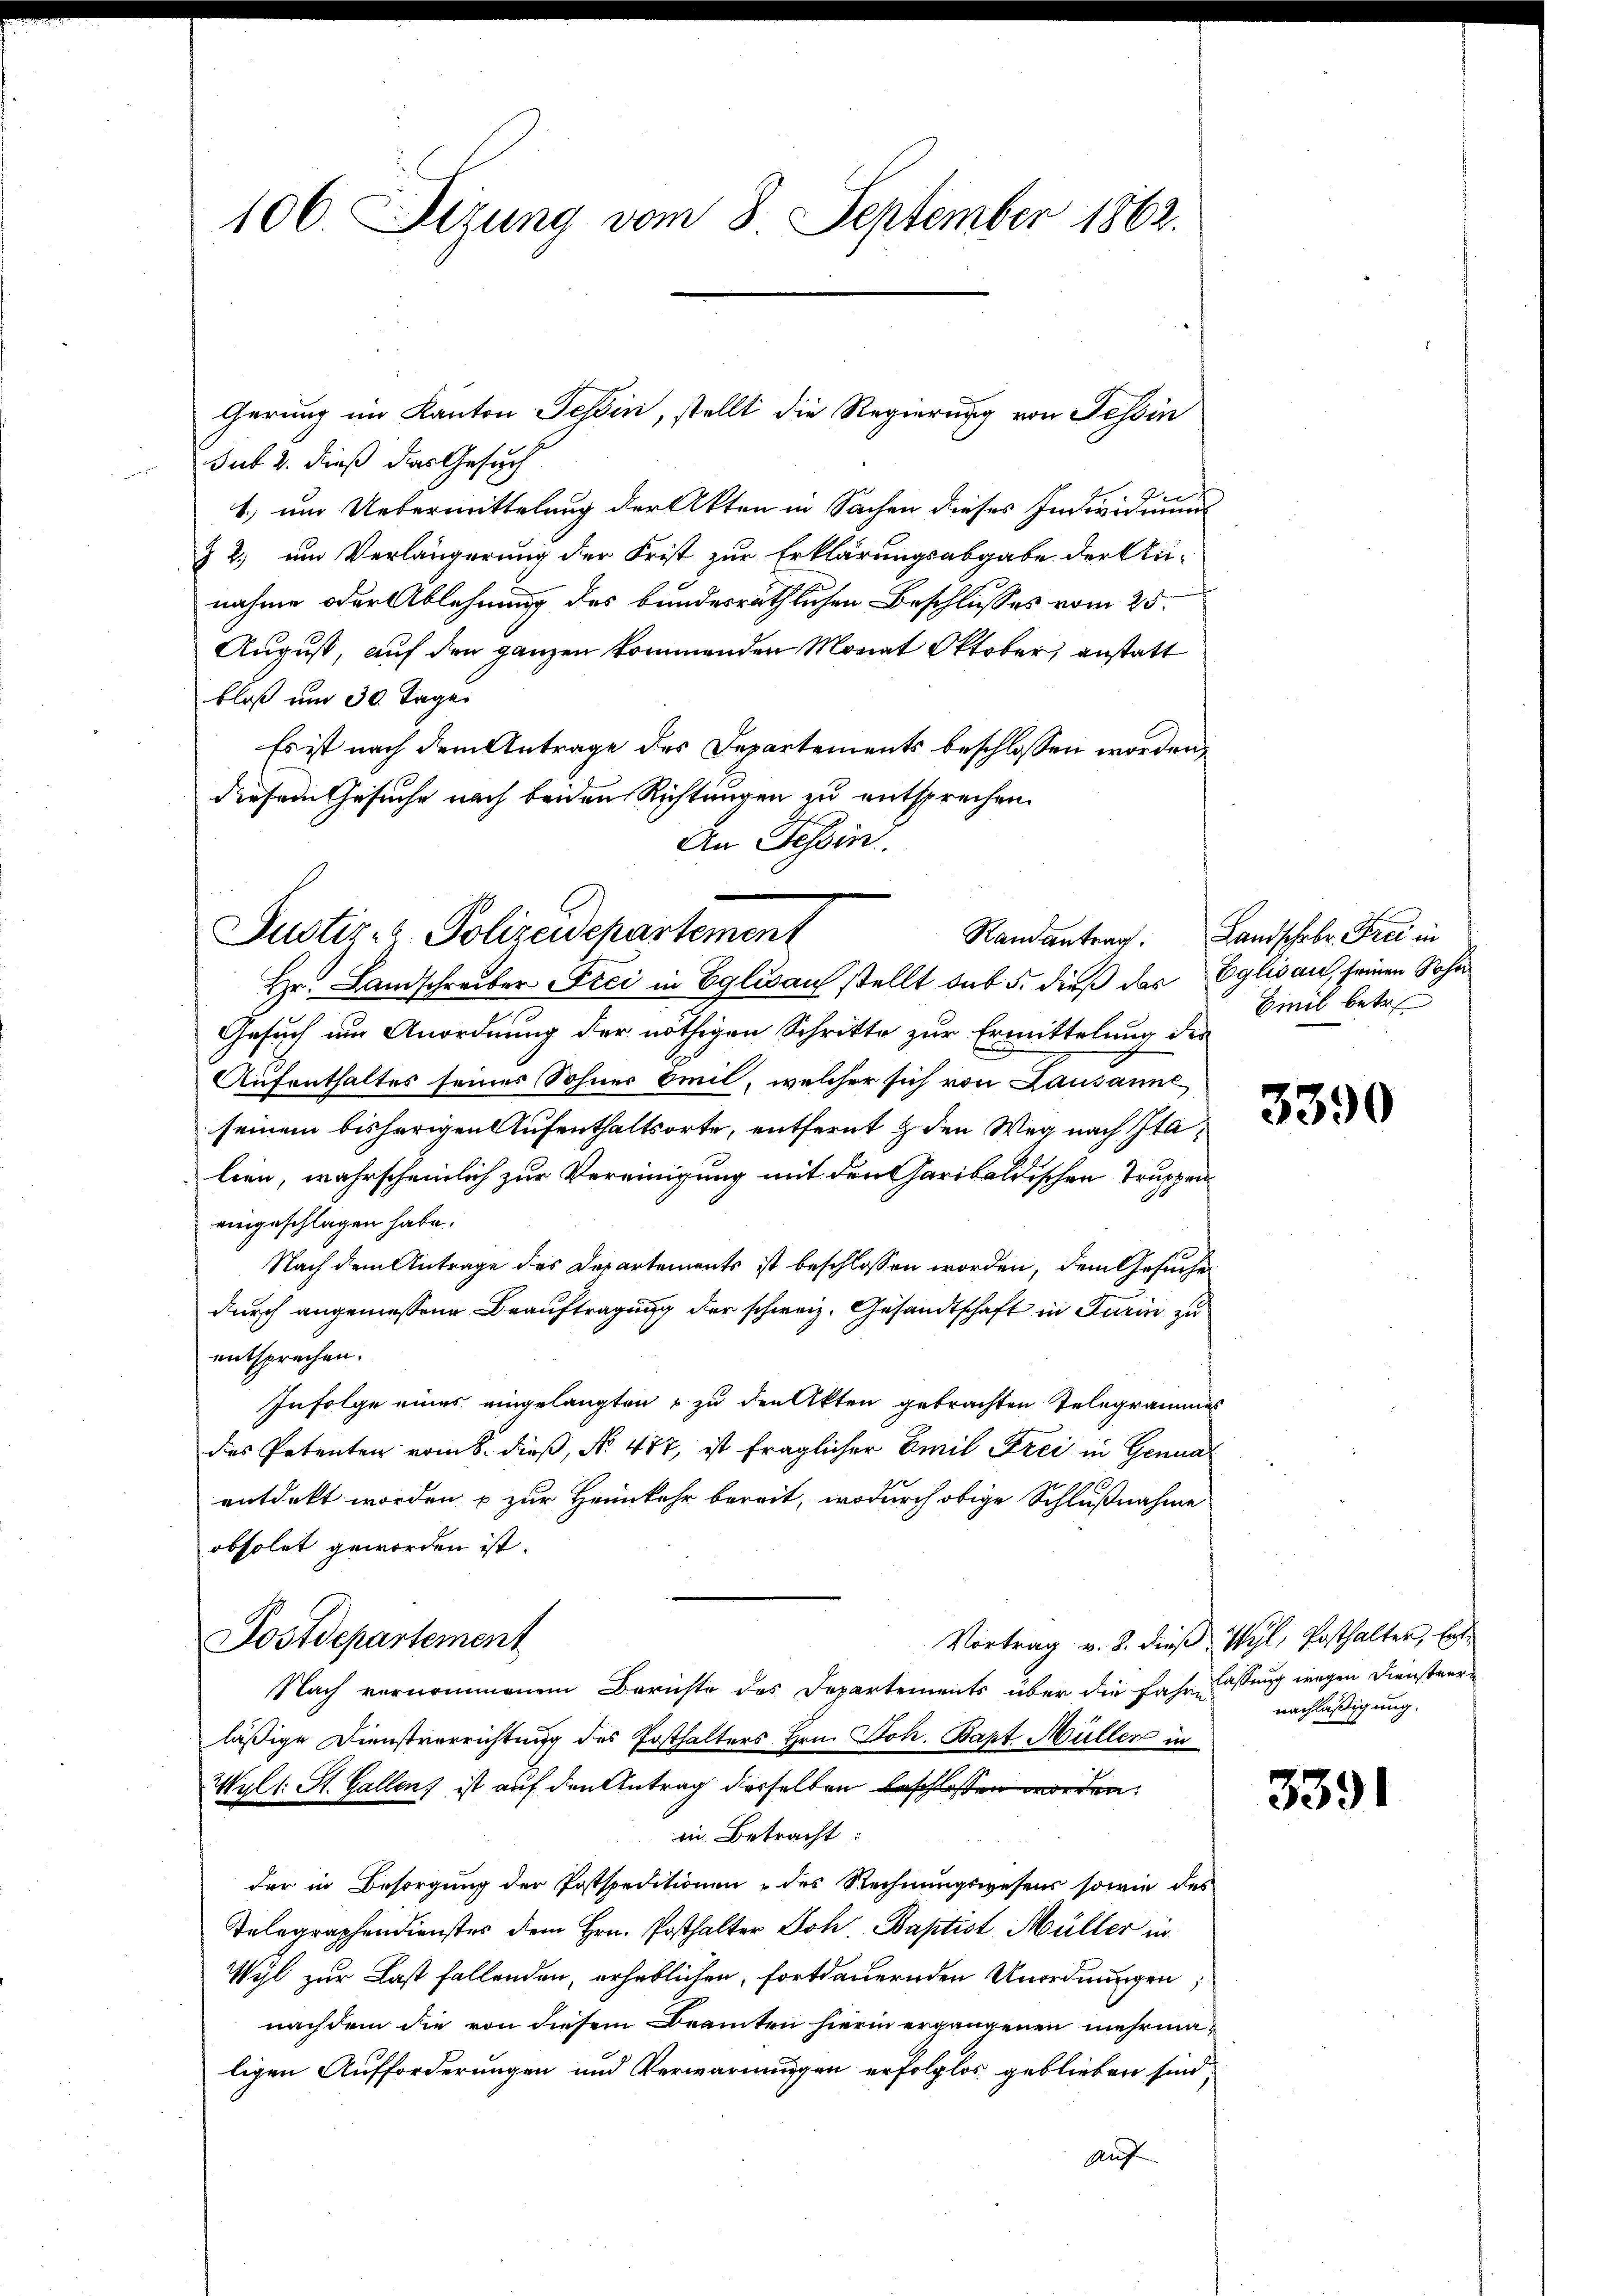
106. Sizung vom 8. September 1862.

sub. 2. dieß das Gesuch
1.) um Uebermittelung der Akten in Sachen dieses Individuums
§ 2. um Verlängerung der Frist zur Erklärungsabgabe der Au-
nahme oder Ablehnung des bundesräthlichen Beschlusses vom 25.
August, auf den ganzen kommenden Monat Oktober, anstatt
bloß um 30. Tage
Es ist nach dem Antrage des Departements beschlossen worden,
diesem Gesuche nach beiden Richtungen zu entsprechen.
An Tessin.
Hr. Landschreiber Frei in Eglisau stellt sub 5. dieß das Eglisau, seinen Sohn
Gesuch um Anordnung der nöthigen Schritte zur Ermittelung des
Aufenthaltes seines Sohner Omil, welcher sich von Lausanne
seinem bisherigen Aufenthaltsorte, entfernt & den Weg nach Stalien, wahrscheinlich zur Vereinigung mit den Garibaldischen Truppeneingeschlagen habe.
Nach dem Antrage des Departements ist beschlossen worden, dem Gesuche
durch angemessene Beauftragung der schweiz. Gesandtschaft in Turin zu
entsprechen.
Infolge eines eingelangten & zu den Akten gebrachten Telegrammes
das Petenten vom 8. dieß, No. 487, ist fraglicher Emil Frei in Genua
entdeckt worden & zur Heimkehr bereit, wodurch obige Schlußnahme
obsolet geworden ist.
Vortrag v. 8. dieß Wyl, Posthalter, Ent¬
Postdepartement
Nach vernommenem Berichte des Departements über die Jahr lassung wegen Dienstrerläßige Dienstverrichtung des Posthalters Hrn. Joh. Bapt Müller in
Wyll St. Gallen ist auf den Antrag desselben beschlossen worden,
in Betracht
der in Besorgung der Postspeditionen & des Rechnungswesens sowie des
Telegraphendienstes dem Hrn. Posthalter Joh. Baptist Müller in
Vyl zur Last fallenden, erheblichen, fortdauernden Unordnungen,
nachdem die von diesem Beamten hierin ergangenen mehrmaligen Aufforderungen und Verwarnungen erfolglos geblieben sind,
Auf

Justiz- & Polizeidepartement

Gerung im Kanton Tessin, stellt die Regierung von Tessin

Randantrag. Landschrbr. Frei in

Emil betr.

3390

nachläßigung.

3391